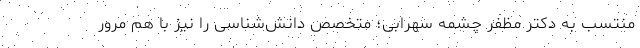
منتسب به دکتر مظفر چشمه سهرابی؛ متخصص دانش‌شناسی را نیز با هم مرور